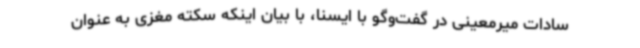
‌سادات میرمعینی در گفت‌وگو با ایسنا، با بیان اینکه سکته مغزی به عنوان